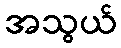
အသွယ်